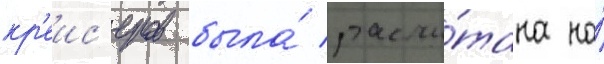
кр'еис'еров была́ рассчи́тана на́